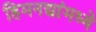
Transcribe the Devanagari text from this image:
हिमनद्यांमध्ये